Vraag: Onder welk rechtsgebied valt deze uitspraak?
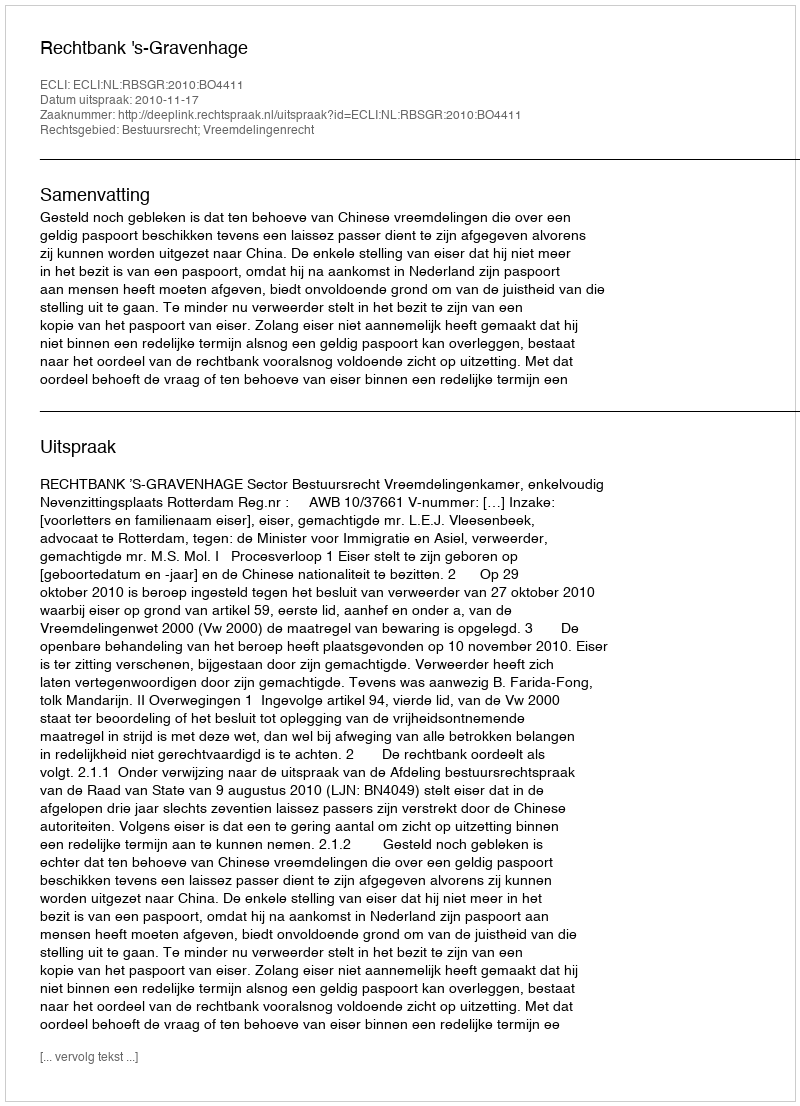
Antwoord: Bestuursrecht; Vreemdelingenrecht